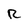
Character: R